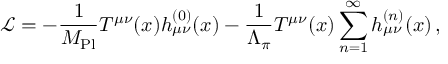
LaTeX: { \mathcal L } = - \frac { 1 } { M _ { \mathrm { P l } } } T ^ { \mu \nu } ( x ) h _ { \mu \nu } ^ { ( 0 ) } ( x ) - \frac { 1 } { \Lambda _ { \pi } } T ^ { \mu \nu } ( x ) \sum _ { n = 1 } ^ { \infty } h _ { \mu \nu } ^ { ( n ) } ( x ) \, ,